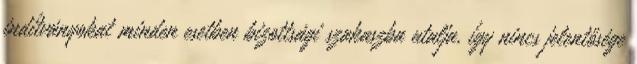
indítványokat minden esetben bizottsági szakaszba utalja, így nincs jelentősége